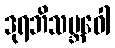
ဒုရဘိသမ္ဘဝေါ